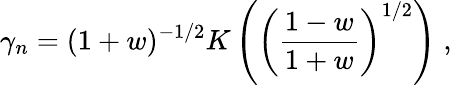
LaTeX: \gamma_{n}=(1+w)^{-1/2}K\left(\left(\frac{1-w}{1+w}\right)^{1/2}\right)\; ,